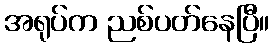
အရုပ်က ညစ်ပတ်နေပြီ။